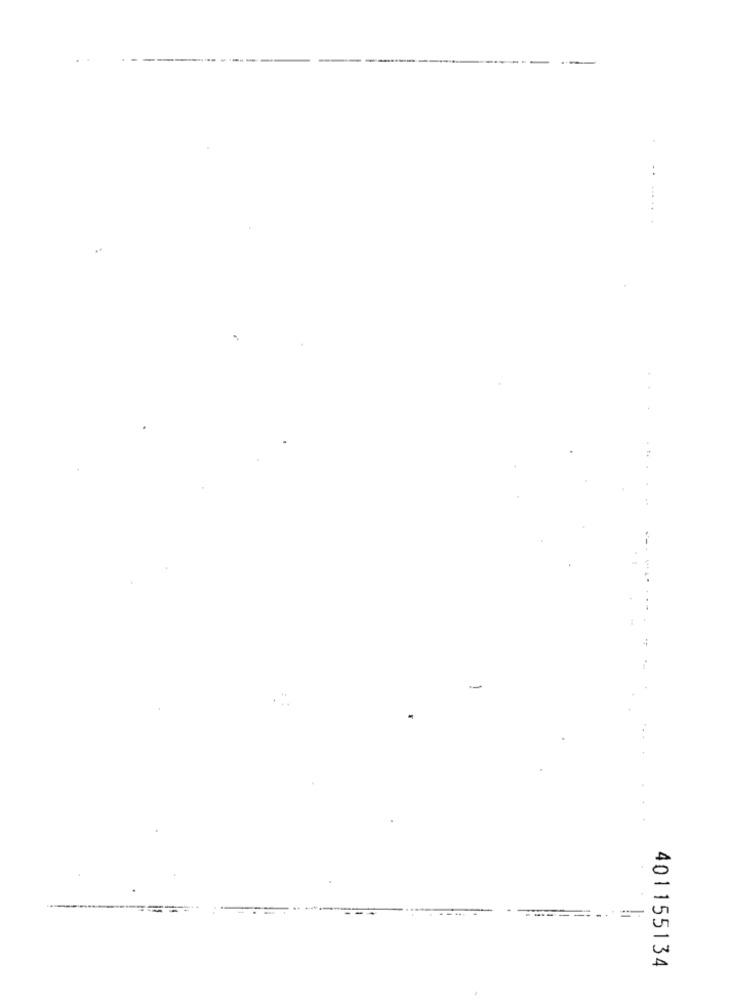
. .
-
-----
401155134